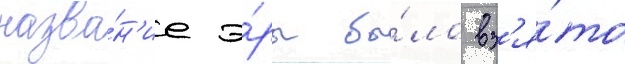
назва́н'ие э́ры бы́ло вз'я́то